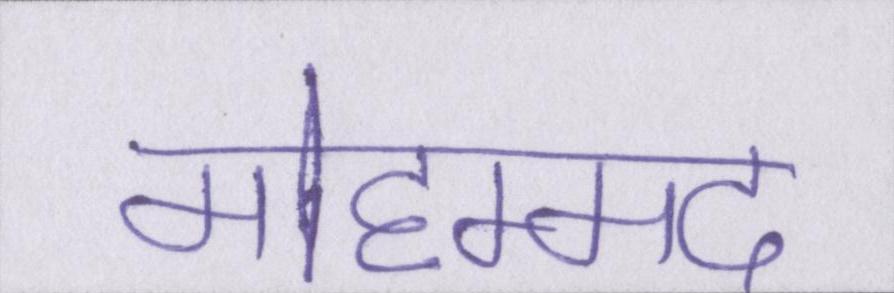
मोहम्मद